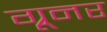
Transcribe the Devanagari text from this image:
ग्रूनर